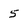
Character: 5